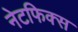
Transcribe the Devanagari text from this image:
नेटफिक्स